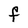
Character: F